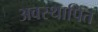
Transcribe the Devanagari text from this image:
अवस्थापित